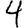
Digit: 4